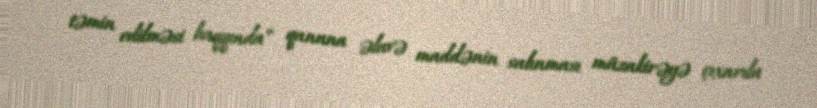
təmin edilməsi haqqında” qanuna əlavə maddənin salınması müzakirəyə çıxarıla